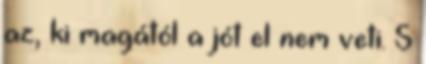
az, ki magától a jót el nem veti. S